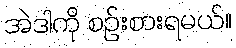
အဲဒါကို စဉ်းစားရမယ်။